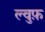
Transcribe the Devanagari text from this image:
ल्वुफ़